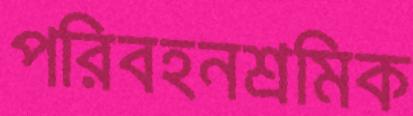
পরিবহনশ্রমিক